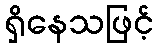
ရှိနေသဖြင့်